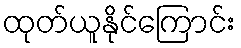
ထုတ်ယူနိုင်ကြောင်း